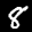
Label: 8